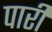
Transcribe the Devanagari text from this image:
पारीं